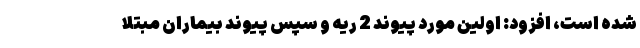
شده است،‌ افزود: اولین مورد پیوند 2 ریه و سپس پیوند بیماران مبتلا